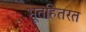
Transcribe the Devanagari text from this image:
भूतहितरत